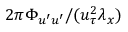
2 \pi \Phi _ { u ^ { \prime } u ^ { \prime } } / ( u _ { \tau } ^ { 2 } \lambda _ { x } )